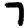
Digit: 7